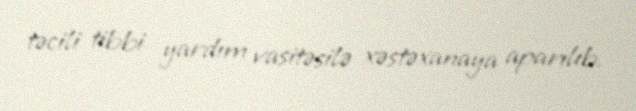
təcili tibbi yardım vasitəsilə xəstəxanaya aparılıb.